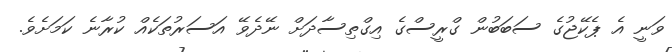
ވަނީ އެ ޕެކޭޖުގެ ސަބަބުން ގްރީސްގެ އިގްތިސާދަށް ނޭދެވޭ އަސަރުތަކެއް ކުރާނެ ކަމަށެވެ.